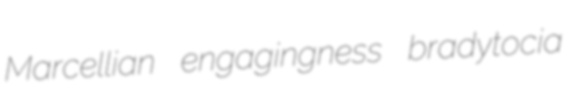
Marcellian engagingness bradytocia